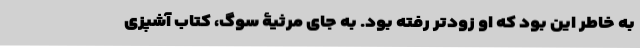
به خاطر این بود که او زودتر رفته بود. به جای مرثیۀ سوگ، کتاب آشپزی